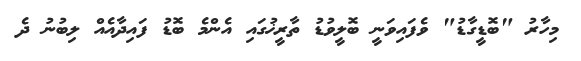
މިހާރު "ބޮޑީގާޑު" ވެފައިވަނީ ބޮލީވުޑު ތާރީޚުގައި އެންމެ ބޮޑު ފައިދާއެއް ލިބުނު ދެ